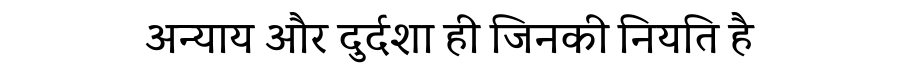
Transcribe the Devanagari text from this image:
अन्याय और दुर्दशा ही जिनकी नियति है